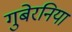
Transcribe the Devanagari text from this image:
गुबेरनिया